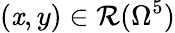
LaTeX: (\mathit{x},y)\in\mathcal{{R}}(\Omega^{5})